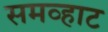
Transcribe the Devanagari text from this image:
समव्हाट